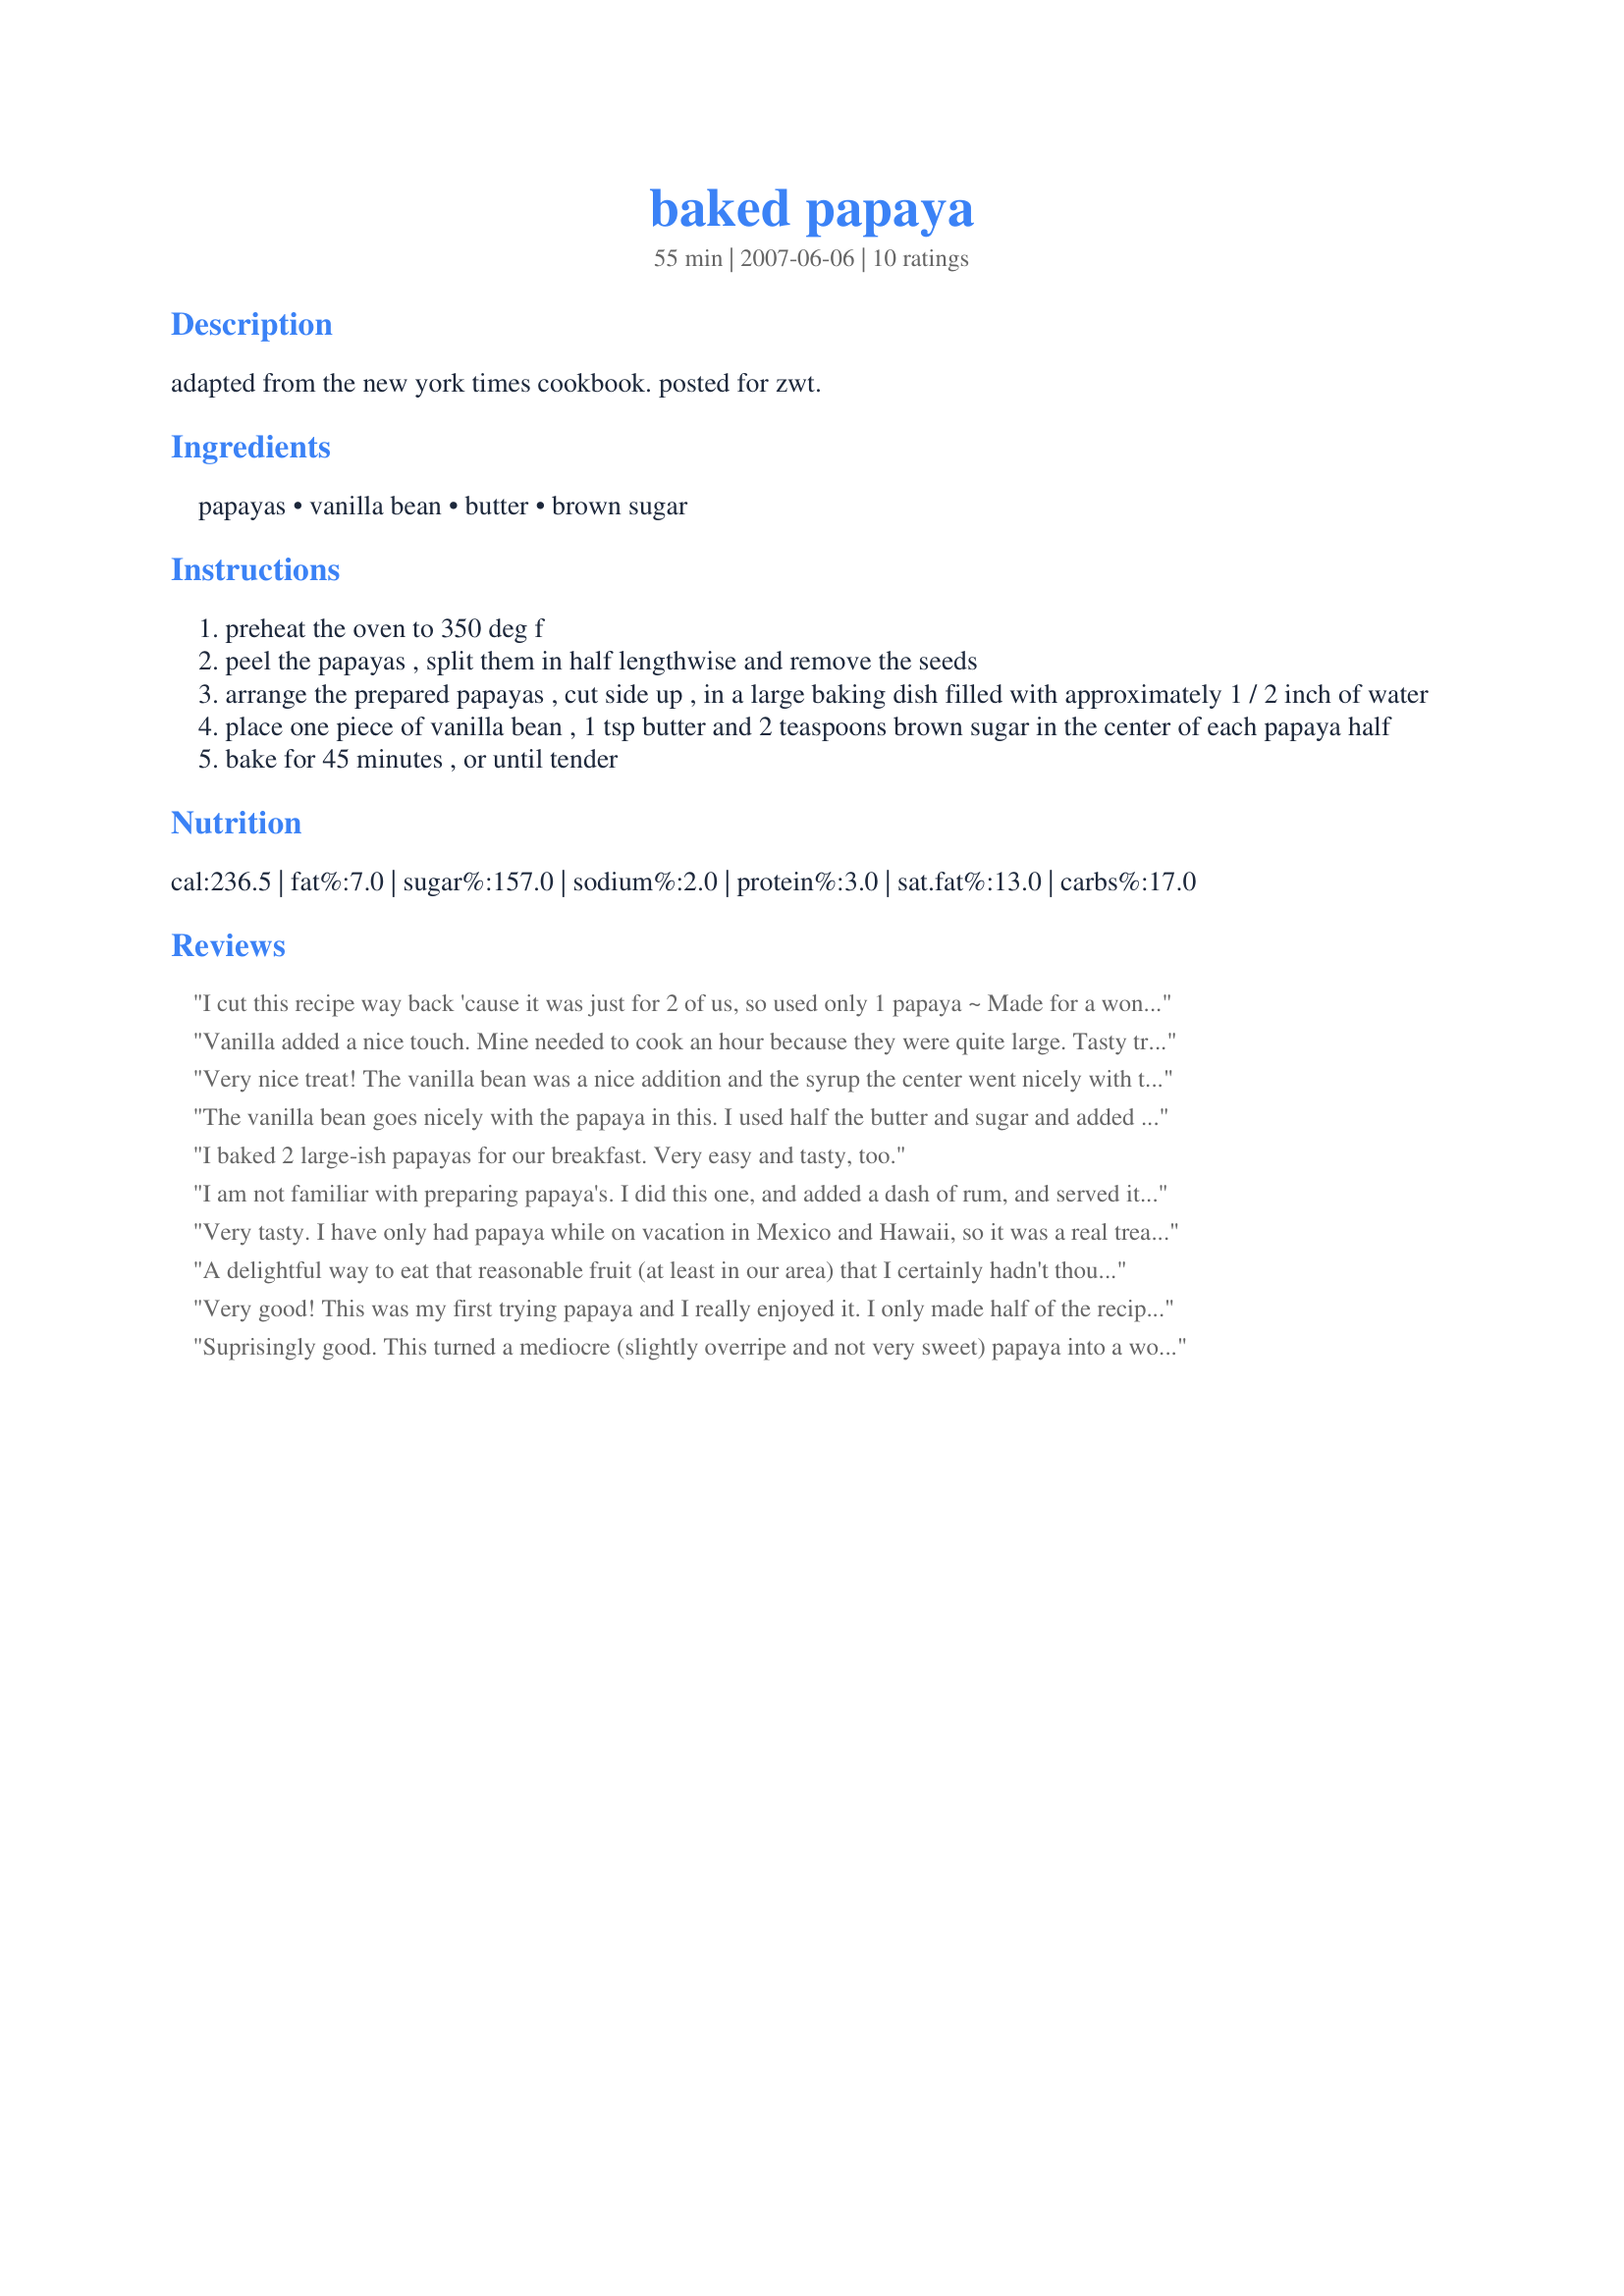
baked papaya
Preparation time: 55 minutes

adapted from the new york times cookbook. posted for zwt.

Ingredients:
papayas, vanilla bean, butter, brown sugar

Steps:
preheat the oven to 350 deg f
peel the papayas , split them in half lengthwise and remove the seeds
arrange the prepared papayas , cut side up , in a large baking dish filled with approximately 1 / 2 inch of water
place one piece of vanilla bean , 1 tsp butter and 2 teaspoons brown sugar in the center of each papaya half
bake for 45 minutes , or until tender

Reviews:
I cut this recipe way back 'cause it was just for 2 of us, so used only 1 papaya ~ Made for a wonderful late morning treat! Definitely will keep this recipe around, as I want to make this unusual treat for company sometime! Thanks for sharing! [Made & reviewed while touring South & Central America on the Zaar World Tour 4]
Vanilla added a nice touch. Mine needed to cook an hour because they were quite large. Tasty treat (I am eating mine for breakfast!) Made for ZWT4.
Very nice treat! The vanilla bean was a nice addition and the syrup the center went nicely with the Arepas that I served with this. Thanks for the post.
The vanilla bean goes nicely with the papaya in this. I used half the butter and sugar and added a tablespoon of dark rum. Baked for 15 minutes and served this as dessert with low fat vanilla ice cream. It was yummy!
I baked 2 large-ish papayas for our breakfast. Very easy and tasty, too.
I am not familiar with preparing papaya's. I did this one, and added a dash of rum, and served it with vanilla ice cream and whipped cream. Mine was from brazil so I can't wait til I can find some that are from Hawaii! These were satisfactory considering my inexperience with papaya's. I don't think i'll put as much water in the pan next time tho. thanks for the recipe. can't wait to try it again.
Very tasty. I have only had papaya while on vacation in Mexico and Hawaii, so it was a real treat having such a wonderful, tropical fruit at home. I could really taste the little vanilla beans, and I think it's the vanilla that really rounds out the overall flavor of this great dish. Made for ZWT5.
A delightful way to eat that reasonable fruit (at least in our area) that I certainly hadn't thought about. Roasting "pumps up" the rather bland flavor of this fruit.
Bumped it up a bit by adding sliced strawberries, a little rum, and lemon slices (and the vanilla bean of course.)
My wife said this would be a wonderful dessert served with vanilla ice cream. I served it with pork chops, rice, and a green salad. What a great meal. It is to make again for sure.
Jim in So Calif
Very good! This was my first trying papaya and I really enjoyed it. I only made half of the recipe for just my DH and I. Made for ZWT4 for the Tastebud Tickling Travellers.
Suprisingly good. This turned a mediocre (slightly overripe and not very sweet) papaya into a wonderful treat. The vanilla brings out the aromatic flavors in the papaya, I used real vanilla extract and added a bit of spiced rum as one reviewer suggested. I can't wait to try this again with a higher quality papaya.
